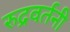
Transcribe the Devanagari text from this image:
रुद्रवर्तनी